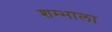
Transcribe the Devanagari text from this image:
शम्भाला